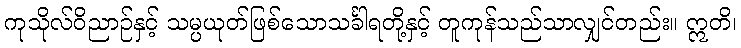
ကုသိုလ်ဝိညာဉ်နှင့် သမ္ပယုတ်ဖြစ်သောသင်္ခါရတို့နှင့် တူကုန်သည်သာလျှင်တည်း။ ဣတိ၊